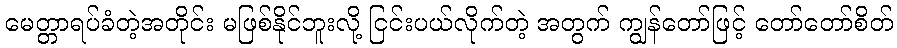
မေတ္တာရပ်ခံတဲ့အတိုင်း မဖြစ်နိုင်ဘူးလို့ ငြင်းပယ်လိုက်တဲ့ အတွက် ကျွန်တော်ဖြင့် တော်တော်စိတ်